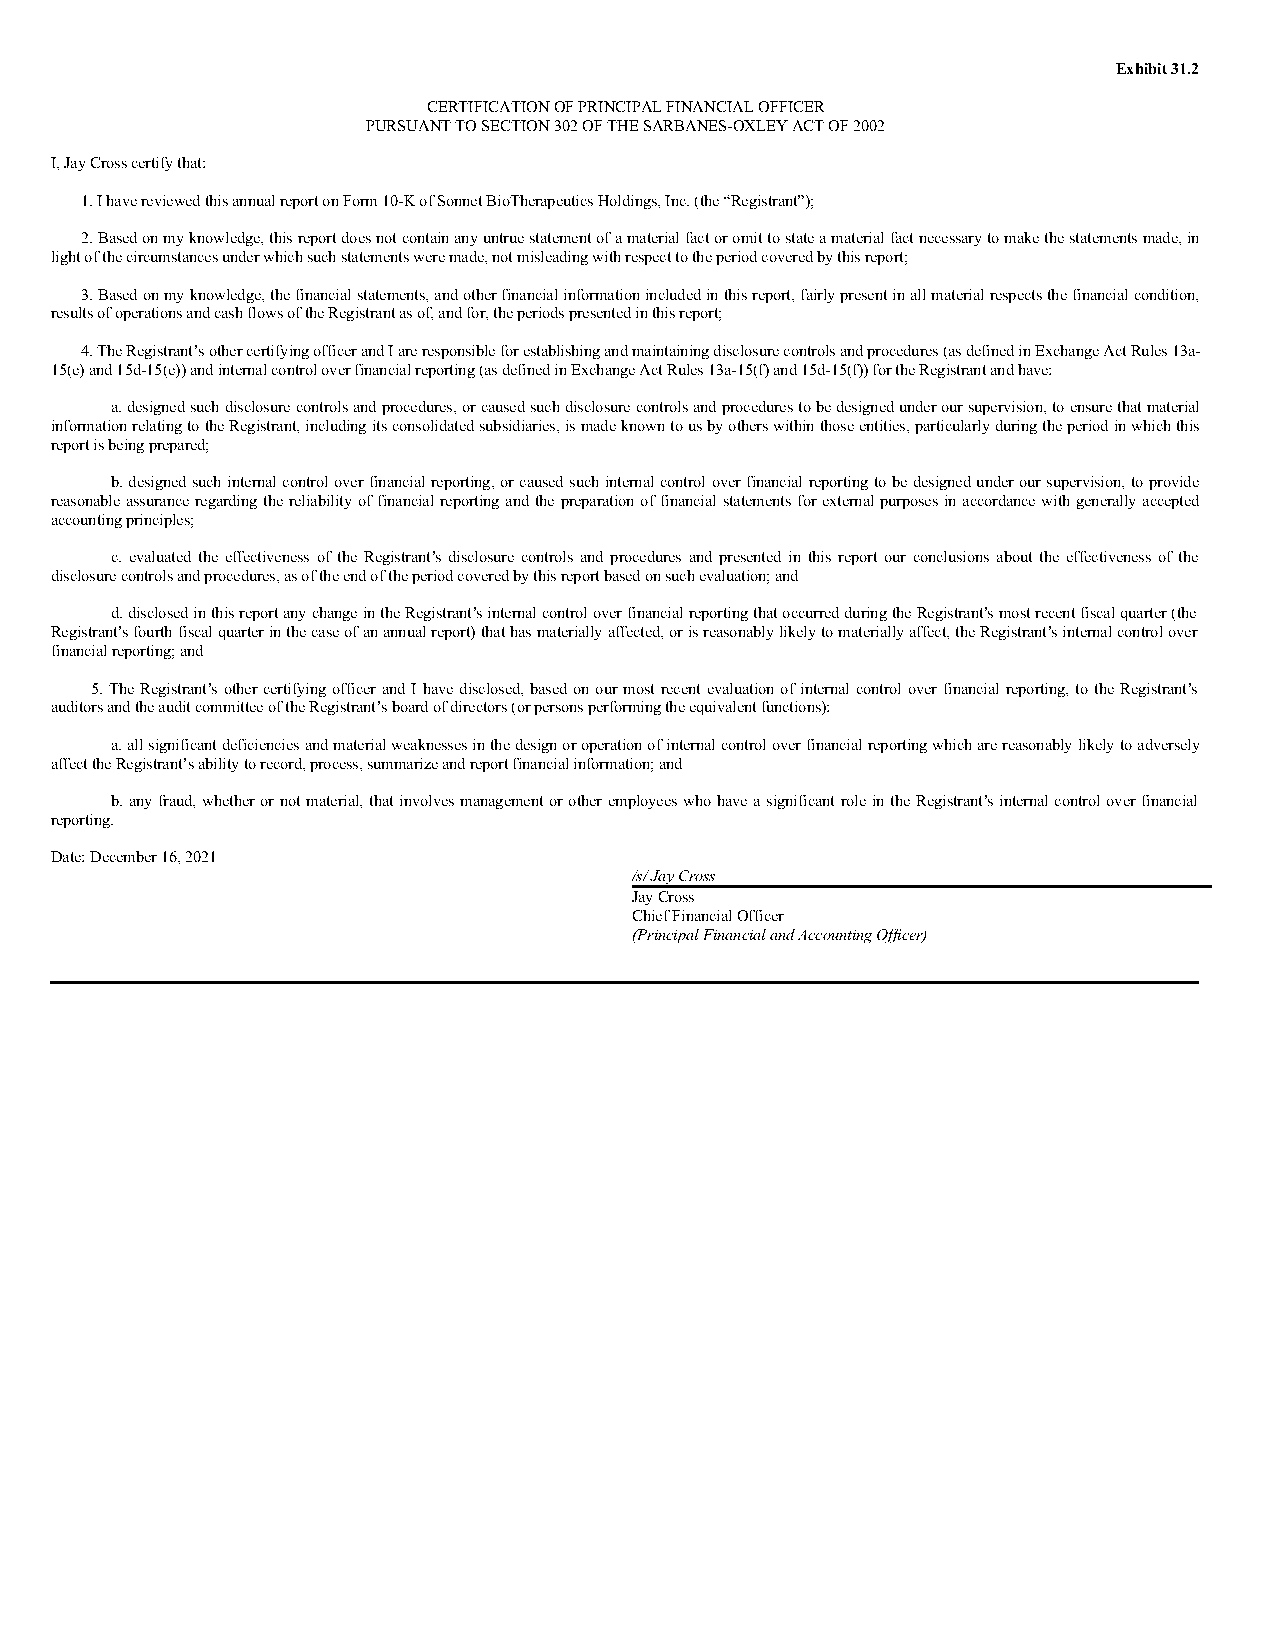
Exhibit 31.2
 CERTIFICATION OF PRINCIPAL FINANCIAL OFFICER
 PURSUANT TO SECTION 302 OF THE SARBANES-OXLEY ACT OF 2002
 I, Jay Cross certify that:
 1. I have reviewed this annual report on Form 10-K of Sonnet BioTherapeutics Holdings, Inc. (the “Registrant”);
 2. Based on my knowledge, this report does not contain any untrue statement of a material fact or omit to state a material fact necessary to make the statements made, in
 light of the circumstances under which such statements were made, not misleading with respect to the period covered by this report;
 3. Based on my knowledge, the financial statements, and other financial information included in this report, fairly present in all material respects the financial condition,
 results of operations and cash flows of the Registrant as of, and for, the periods presented in this report;
 4. The Registrant’s other certifying officer and I are responsible for establishing and maintaining disclosure controls and procedures (as defined in Exchange Act Rules 13a-
 15(e) and 15d-15(e)) and internal control over financial reporting (as defined in Exchange Act Rules 13a-15(f) and 15d-15(f)) for the Registrant and have:
 a. designed such disclosure controls and procedures, or caused such disclosure controls and procedures to be designed under our supervision, to ensure that material
 information relating to the Registrant, including its consolidated subsidiaries, is made known to us by others within those entities, particularly during the period in which this
 report is being prepared;
 b. designed such internal control over financial reporting, or caused such internal control over financial reporting to be designed under our supervision, to provide
 reasonable assurance regarding the reliability of financial reporting and the preparation of financial statements for external purposes in accordance with generally accepted
 accounting principles;
 c. evaluated the effectiveness of the Registrant’s disclosure controls and procedures and presented in this report our conclusions about the effectiveness of the
 disclosure controls and procedures, as of the end of the period covered by this report based on such evaluation; and
 d. disclosed in this report any change in the Registrant’s internal control over financial reporting that occurred during the Registrant’s most recent fiscal quarter (the
 Registrant’s fourth fiscal quarter in the case of an annual report) that has materially affected, or is reasonably likely to materially affect, the Registrant’s internal control over
 financial reporting; and
 5. The Registrant’s other certifying officer and I have disclosed, based on our most recent evaluation of internal control over financial reporting, to the Registrant’s
 auditors and the audit committee of the Registrant’s board of directors (or persons performing the equivalent functions):
 a. all significant deficiencies and material weaknesses in the design or operation of internal control over financial reporting which are reasonably likely to adversely
 affect the Registrant’s ability to record, process, summarize and report financial information; and
 b. any fraud, whether or not material, that involves management or other employees who have a significant role in the Registrant’s internal control over financial
 reporting.
 Date: December 16, 2021
 /s/ Jay Cross
 Jay Cross
 Chief Financial Officer
 (Principal Financial and Accounting Officer)